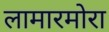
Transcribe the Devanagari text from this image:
लामारमोरा